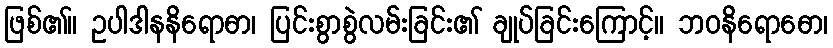
ဖြစ်၏။ ဥပါဒါနနိရောဓာ၊ ပြင်းစွာစွဲလမ်းခြင်း၏ ချုပ်ခြင်းကြောင့်။ ဘဝနိရောဓော၊